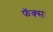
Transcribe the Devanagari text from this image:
फॅक्सः